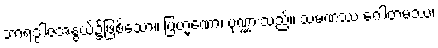
ဘာရဒွါဇအနွယ်၌ဖြစ်သော။ ဗြဟ္မဏော၊ ပုဏ္ဏားသည်။ သမဏဿ ဂေါတမဿ၊